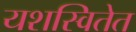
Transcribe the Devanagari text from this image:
यशस्वितेत